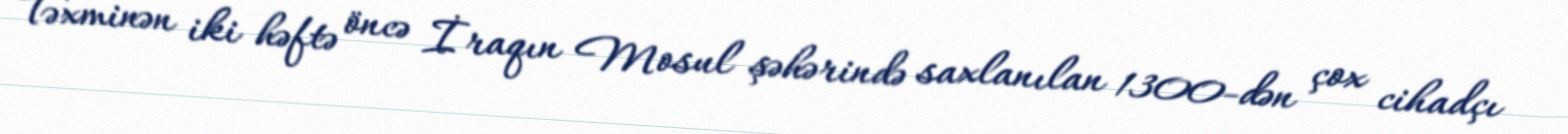
Təxminən iki həftə öncə İraqın Mosul şəhərində saxlanılan 1300-dən çox cihadçı